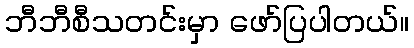
ဘီဘီစီသတင်းမှာ ဖော်ပြပါတယ်။